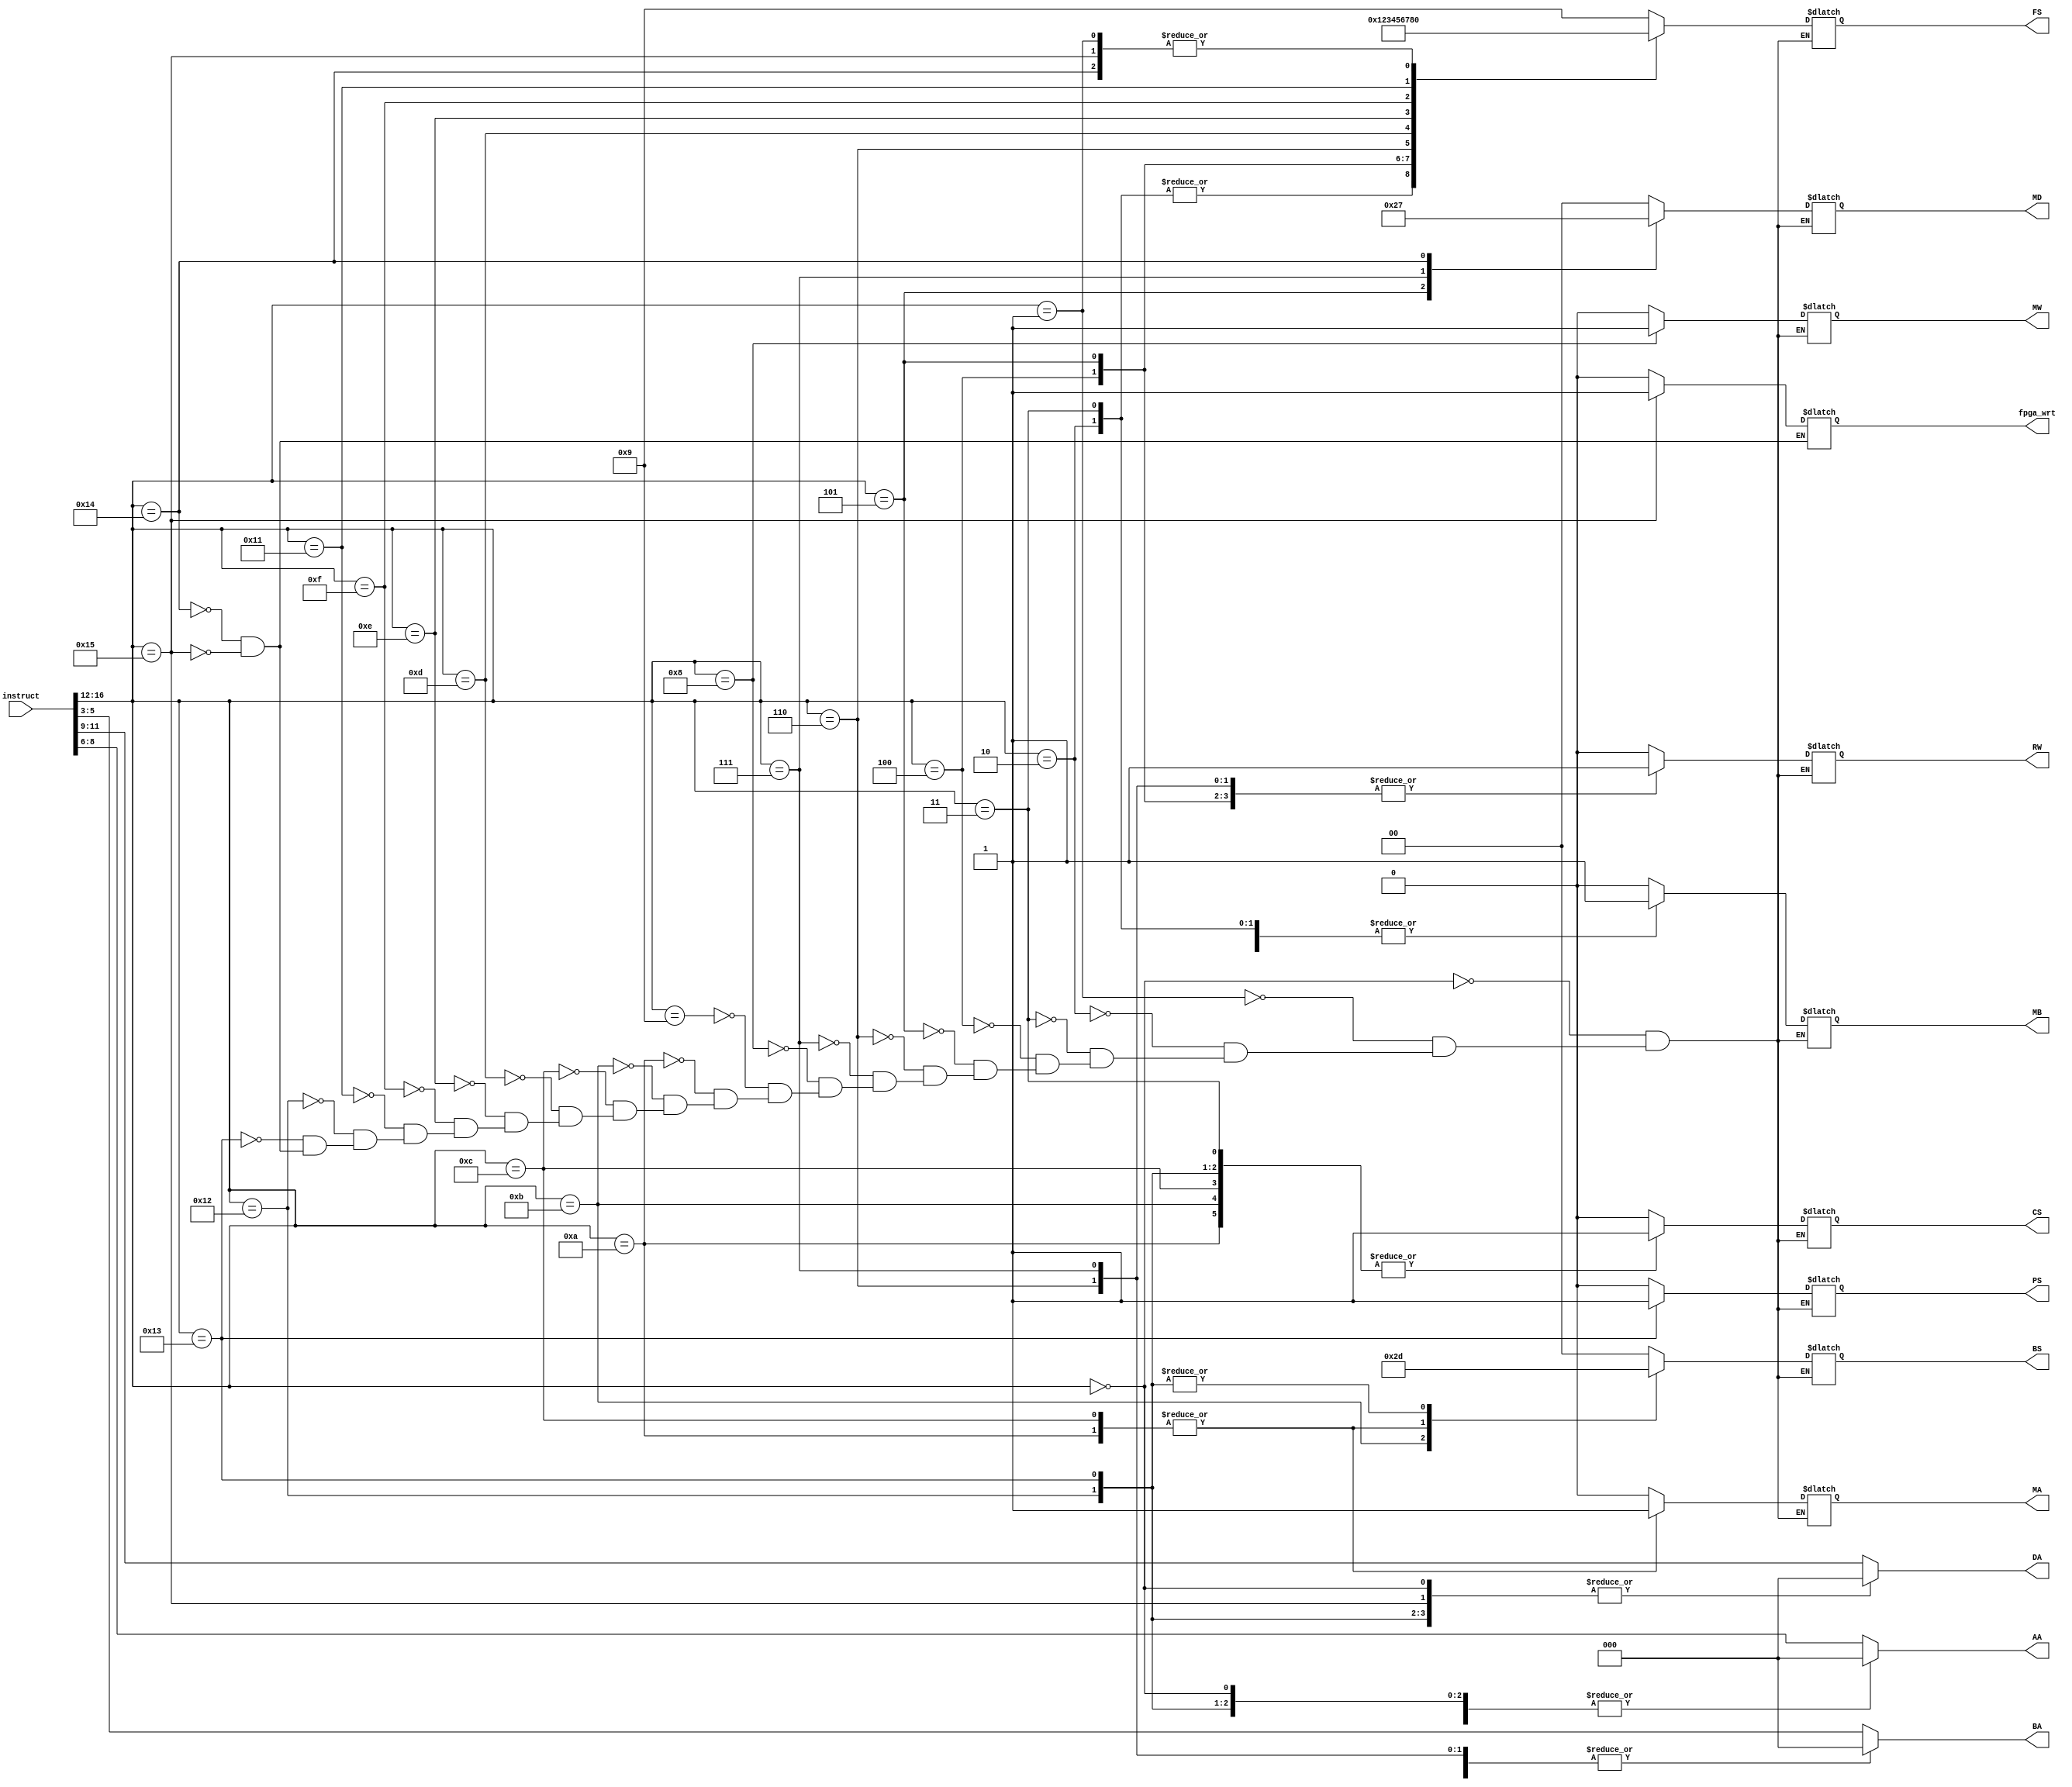
`timescale 1ns / 1ps
//////////////////////////////////////////////////////////////////////////////////
// Company: 
// Engineer: 
// 
// Design Name: 
// Module Name: Instruction_Decoder
// Project Name: 
// Target Devices: 
// Tool Versions: 
// Description: 
// 
// Dependencies: 
// 
// Revision:
// Revision 0.01 - File Created
// Additional Comments:
// 
//////////////////////////////////////////////////////////////////////////////////


module Instruction_Decoder(instruct,RW,DA,MD,BS,PS,MW,FS,MA,MB,AA,BA,CS,fpga_wrt);
    input [16:0] instruct;
    output reg [1:0] MD,BS;
    output reg [3:0] FS;
    output reg RW,PS,MW,MA,MB,CS;
    output reg [2:0] DA,AA,BA;
    output reg fpga_wrt; // FPGA write enable bit
    reg [4:0] OPCODE;
    
    always@(*)
    begin
    AA = instruct[8:6];
    BA = instruct[5:3];
    DA = instruct[11:9];
    OPCODE=instruct[16:12];
    case(OPCODE)
  //  reg RW,PS,MW,MA,MB,CS;
    //No operation
    5'b00000: begin
     FS = 4'b1001; 
     MD = 2'b00;
     BS = 2'b00; 
     RW = 1'b0;
     PS = 1'b0; 
     MW = 1'b0;
     MA = 1'b0; 
     MB = 1'b0; 
     CS = 1'b0;
     AA = 3'b000;
     BA = 3'b000;
     DA = 3'b000;
     end
    // Addition
    5'b00001: begin 
    FS = 4'b0000; 
    MD = 2'b00 ; 
    BS = 2'b00;
    RW = 1'b1;
    PS = 1'b0; 
    MW = 1'b0;
    MA = 1'b0; 
    MB = 1'b0; 
    CS = 1'b0; 
    AA = instruct[8:6];
    BA = instruct[5:3];
    DA = instruct[11:9];
    end
    //AND Immediate
    5'b00010: begin 
    FS = 4'b0001; 
    MD = 2'b00 ; 
    BS = 2'b00;
    RW = 1'b1;
    PS = 1'b0; 
    MW = 1'b0;
    MA = 1'b0; 
    MB = 1'b1; 
    CS = 1'b0;
    BA = 3'b000; 
    AA = instruct[8:6];
    DA = instruct[11:9];
    end
    //Add immediate
    5'b00011: begin 
    FS = 4'b0001; 
    MD = 2'b00; 
    BS = 2'b00; 
    RW = 1'b1;
    PS = 1'b0; 
    MW = 1'b0;
    MA = 1'b0; 
    MB = 1'b1; 
    CS = 1'b1;
    BA = 3'b000;
    AA = instruct[8:6];
    DA = instruct[11:9];
    end
    //Subract
    5'b00100: begin 
    FS = 4'b0010; 
    MD = 2'b00 ; 
    BS = 2'b00;
    RW = 1'b1;
    PS = 1'b0; 
    MW = 1'b0;
    MA = 1'b0; 
    MB = 1'b0; 
    CS = 1'b0; 
    AA = instruct[8:6];
    BA = instruct[5:3];
    DA = instruct[11:9];
    end
    //Set if less that
    5'b00101: begin 
    FS = 4'b0011; 
    MD = 2'b10; 
    BS = 2'b00; 
    RW = 1'b1;
    PS = 1'b0; 
    MW = 1'b0;
    MA = 1'b0; 
    MB = 1'b0; 
    CS = 1'b0; 
    AA = instruct[8:6];
    BA = instruct[5:3];
    DA = instruct[11:9];
    end
    
    
    // Compliment
    5'b00110: begin 
    FS = 4'b0100;
    MD = 2'b00; 
    BS = 2'b00; 
    RW = 1'b1;
    PS = 1'b0; 
    MW = 1'b0;
    MA = 1'b0; 
    MB = 1'b0; 
    CS = 1'b0;
    BA = 3'b000; 
    AA = instruct[8:6];
    DA = instruct[11:9];
    end
    //Load
    5'b00111: begin 
    FS = 4'b1001; 
    MD = 2'b01; 
    BS = 2'b00;
    RW = 1'b1;
    PS = 1'b0; 
    MW = 1'b0;
    MA = 1'b0; 
    MB = 1'b0; 
    CS = 1'b0;
    BA = 3'b000;
    AA = instruct[8:6];
    DA = instruct[11:9];
    end
    // Store
    5'b01000: begin 
    FS = 4'b1001; 
    MD = 2'b00; 
    BS = 2'b00; 
    RW = 1'b0;
    PS = 1'b0; 
    MW = 1'b1;
    MA = 1'b0; 
    MB = 1'b0; 
    CS = 1'b0;
    DA = 3'b000;
    AA = instruct[8:6]; 
    BA = 3'b000;
    end
    //Move
    5'b01001: begin 
    FS = 4'b1001; 
    MD = 2'b00; 
    BS = 2'b00; 
    RW = 1'b1;
    PS = 1'b0; 
    MW = 1'b0;
    MA = 1'b0; 
    MB = 1'b0; 
    CS = 1'b0;
    BA = 3'b000; 
    AA = instruct[8:6];
    DA = instruct[11:9];
    end
    //Jump        
    5'b01010: begin 
    FS = 4'b1001; 
    MD = 2'b00; 
    BS = 2'b11; 
    RW = 1'b0;
    PS = 1'b0; 
    MW = 1'b0;
    MA = 1'b1; 
    MB = 1'b1; 
    CS = 1'b1;
    DA = 3'b000;
    AA = 3'b000;
    BA = 3'b000; 
    end
    //Jump Register
    5'b01011:begin 
    FS = 4'b1001; 
    MD = 2'b00; 
    BS = 2'b10; 
    RW = 1'b0;
    PS = 1'b0; 
    MW = 1'b0;
    MA = 1'b0; 
    MB = 1'b0; 
    CS = 1'b1;
    DA = 3'b000;
    BA = instruct[5:3];
    AA = 3'b000; 
    end
    //Jump and Link
    5'b01100: begin 
    FS = 4'b1001; 
    MD = 2'b00; 
    BS = 2'b11; 
    RW = 1'b1;
    PS = 1'b0; 
    MW = 1'b0;
    MA = 1'b1; 
    MB = 1'b1; 
    CS = 1'b1;
    DA = instruct[11:9]; 
    AA = 3'b000;
    BA = 3'b000;
    end
    // OR Immediate
    5'b01101: begin 
    FS = 4'b0101; 
    MD = 2'b00; 
    BS = 2'b00;
    RW = 1'b1;
    PS = 1'b0; 
    MW = 1'b0;
    MA = 1'b0; 
    MB = 1'b1; 
    CS = 1'b0;
    BA = 3'b000; 
    AA = instruct[8:6];
    DA = instruct[11:9];
    end 
    //Exclusive-OR
    5'b01110: begin 
    FS = 4'b0110; 
    MD = 2'b00; 
    BS = 2'b00; 
    RW = 1'b1;
    PS = 1'b0; 
    MW = 1'b0;
    MA = 1'b0; 
    MB = 1'b0; 
    CS = 1'b0; 
    AA = instruct[8:6];
    BA = instruct[5:3];
    end
    //Logical shift Right 
    5'b01111: begin 
    FS = 4'b0111; 
    MD = 2'b00; 
    BS = 2'b00; 
    RW = 1'b1;
    PS = 1'b0; 
    MW = 1'b0;
    MA = 1'b0; 
    MB = 1'b0; 
    CS = 1'b0;
    BA = 3'b000;  
    AA = instruct[8:6];
    DA = instruct[11:9];
    end
    // Logical shift left 
    5'b10001: begin 
    FS = 4'b1000; 
    MD = 2'b00; 
    BS = 2'b00;
    RW = 1'b1;
    PS = 1'b0; 
    MW = 1'b0;
    MA = 1'b0; 
    MB = 1'b0; 
    CS = 1'b0;
    BA = 3'b000;
    AA = instruct[8:6];
    DA = instruct[11:9]; 
    end
    // Branch if Zero  
    5'b10010: begin 
    FS = 4'b1001; 
    MD = 2'b00; 
    BS = 2'b01; 
    RW = 1'b0;
    PS = 1'b0; 
    MW = 1'b0;
    MA = 1'b0; 
    MB = 1'b1; 
    CS = 1'b1;
    DA = 3'b000;
    AA = 3'b000;
    BA = 3'b000; 
    end
    // Branch if nonzero
    5'b10011: begin 
    FS = 4'b1001; 
    MD = 2'b00; 
    BS = 2'b01;
    RW = 1'b0;
    PS = 1'b1; 
    MW = 1'b0;
    MA = 1'b0; 
    MB = 1'b1; 
    CS = 1'b1;
    DA = 3'b000;
    AA = 3'b000;
    BA = 3'b000; 
    end
    // Input
    5'b10100: begin
    FS = 4'b0000; MD = 2'b11 ; BS = 2'b00; DA = instruct[11:9]; AA = instruct[8:6]; BA = instruct[5:3]; 
    RW = 1'b1;PS = 1'b0; MW = 1'b0;MA = 1'b0; MB = 1'b0; CS = 1'b0; fpga_wrt = 1'b0;
    end
    
    // Output
    5'b10101: begin
     FS = 4'b0000; MD = 2'b00 ; BS = 2'b00; DA = 3'b000; AA = instruct[8:6]; BA = instruct[5:3]; 
    RW = 1'b1;PS = 1'b0; MW = 1'b0;MA = 1'b0; MB = 1'b0; CS = 1'b0; fpga_wrt = 1'b1;
    end
    
   // default : begin
   // RW=1'b0; DA=3'b000; MD=2'b00; BS=2'b00; PS=1'b0; MW=1'b0; FS=4'b1001; MA=1'b0; MB=1'b0; AA=3'b000; BA=3'b000; CS=1'b0; end
    endcase
    end
    
endmodule